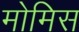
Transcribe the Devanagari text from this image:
मोमिस